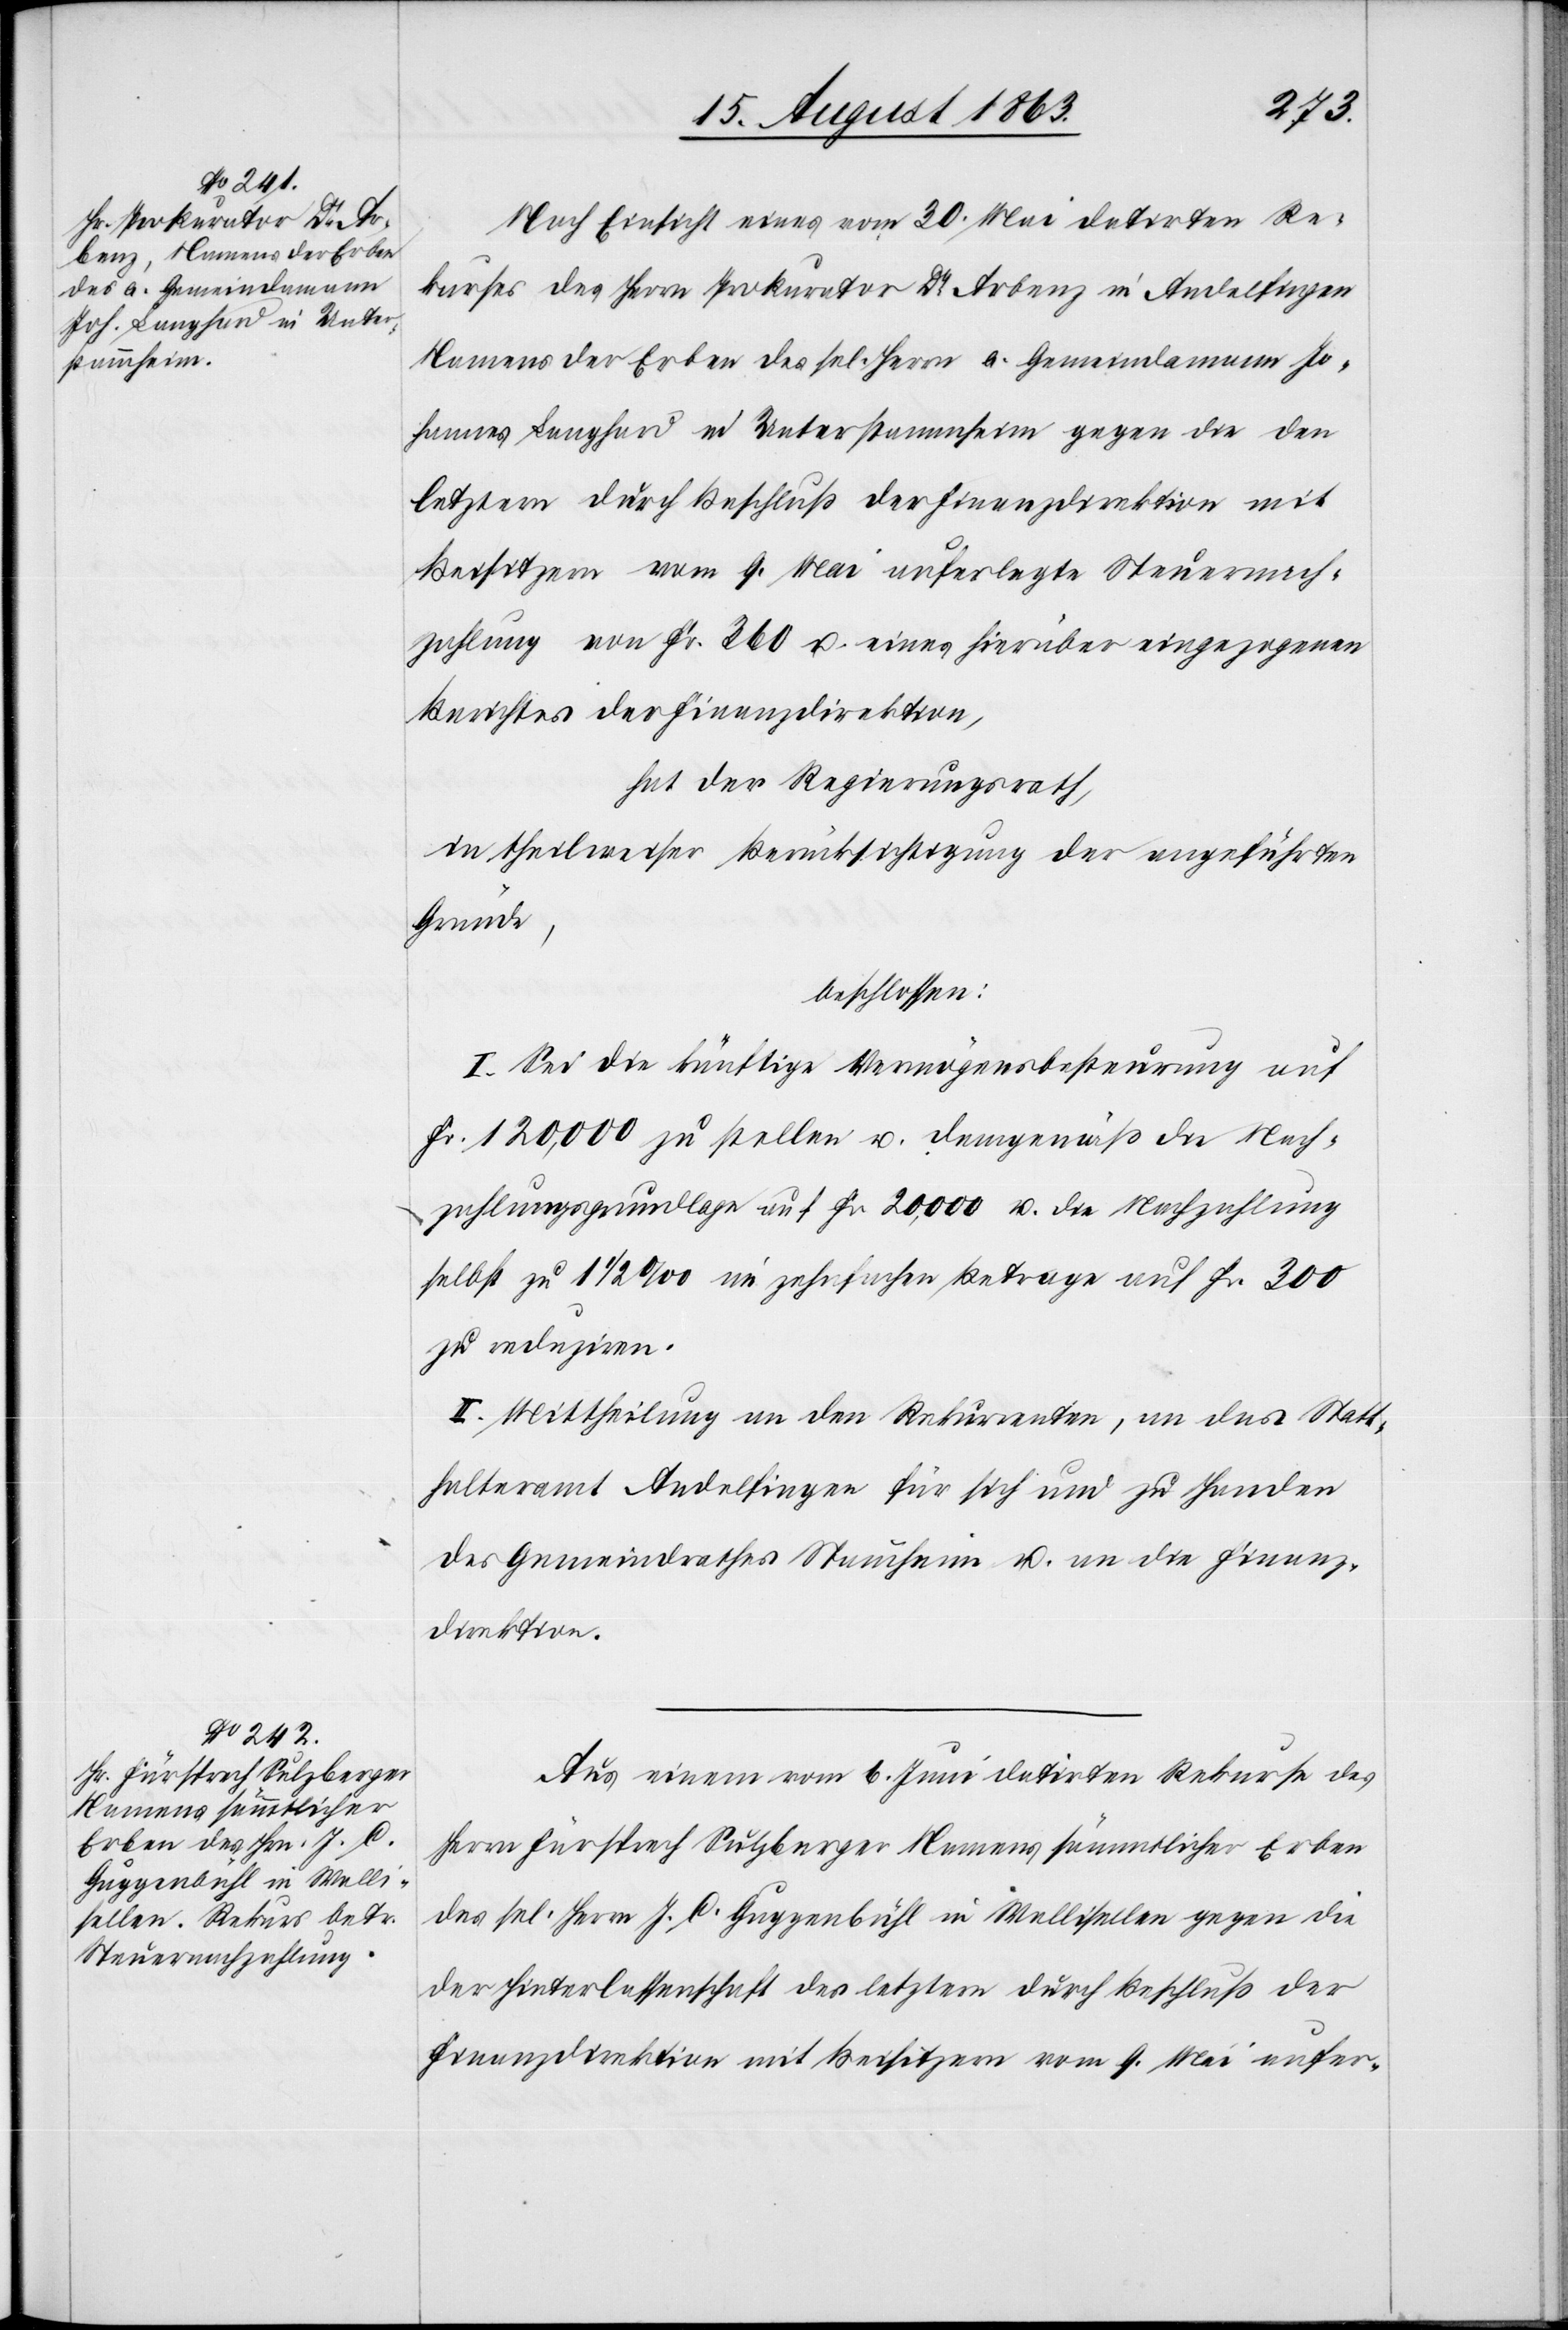
Nach Einsicht eines vom 30. Mai datirten Re¬
kurses des Herrn Prokurator Dr Arbenz in Andelfingen
Namens der Erben des sel. Herrn a. Gemeindamann Jo¬
hannes Langhard in Unterstammheim gegen die den
letztern durch Beschluß der Finanzdirektion mit
Beisitzern vom 9. Mai auferlegte Steuernach¬
zahlung von Fr. 360 u. eines hierüber eingezogenen
Berichtes der Finanzdirektion,
hat der Regierungsrath,
in theilweiser Berücksichtigung der angeführten
Gründe,
beschlossen:
I. Sei die künftige Vermögensbesteurung auf
Fr. 120,000 zu stellen u. demgemäß die Nach¬
zahlungsgrundlage auf Fr. 20,000 u. die Nachzahlung
selbst zu 1 1/2 ‰ im zehnfachen Betrage auf Fr. 300
zu reduziren.
II. Mittheilung an den Rekurrenten, an das Statt¬
halteramt Andelfingen für sich und zu Handen
des Gemeindrathes Stammheim u. an die Finanz¬
direktion.
Aus einem vom 6. Juni datirten Rekurse des
Herrn Fürsprech Sulzberger Namens sämmtlicher Erben
des sel. Herrn J. C. Guggenbühl in Wallisellen gegen die
der Hinterlassenschaft des letztern durch Beschluß der
Finanzdirektion mit Beisitzern vom 9. Mai aufer-